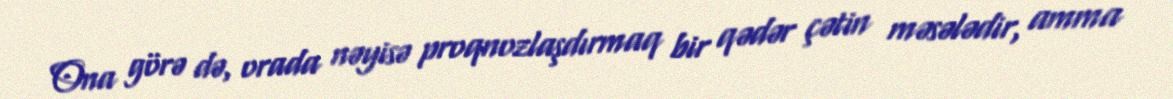
Ona görə də, orada nəyisə proqnozlaşdırmaq bir qədər çətin məsələdir, amma